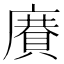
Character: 𢋍